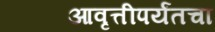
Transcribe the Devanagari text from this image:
आवृत्तीपर्यंतचा